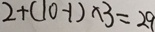
2 + ( 1 0 - 1 ) \times 3 = 2 9